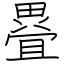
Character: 疂